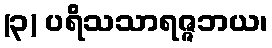
(၃) ပရိသသာရဇ္ဇဘယ၊